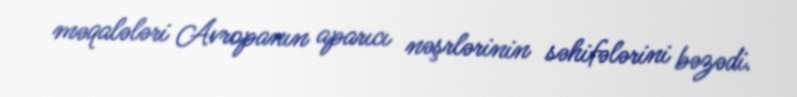
məqalələri Avropanın aparıcı nəşrlərinin səhifələrini bəzədi.